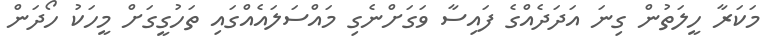
މަކަރާ ހީލަތުން ގިނަ އަދަދެއްގެ ފައިސާ ވަގަށްނެގި މައްސަލައެއްގައި ތަހުގީގަށް މީހަކު ހޯދަން